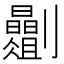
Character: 𫦡